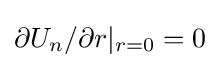
\partial U_{n}/\partial r|_{r=0}=0